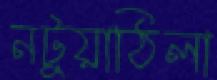
নটুয়াঠিলা